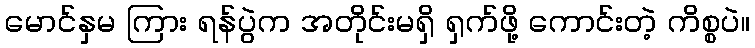
မောင်နှမ ကြား ရန်ပွဲက အတိုင်းမရှိ ရှက်ဖို့ ကောင်းတဲ့ ကိစ္စပဲ။